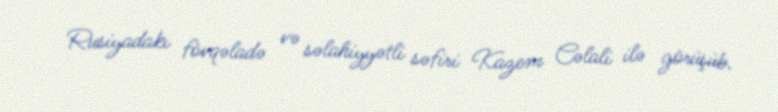
Rusiyadakı fövqəladə və səlahiyyətli səfiri Kazem Cəlali ilə görüşüb.